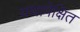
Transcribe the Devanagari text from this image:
यथापेक्षित